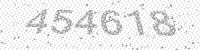
Solution: 454618